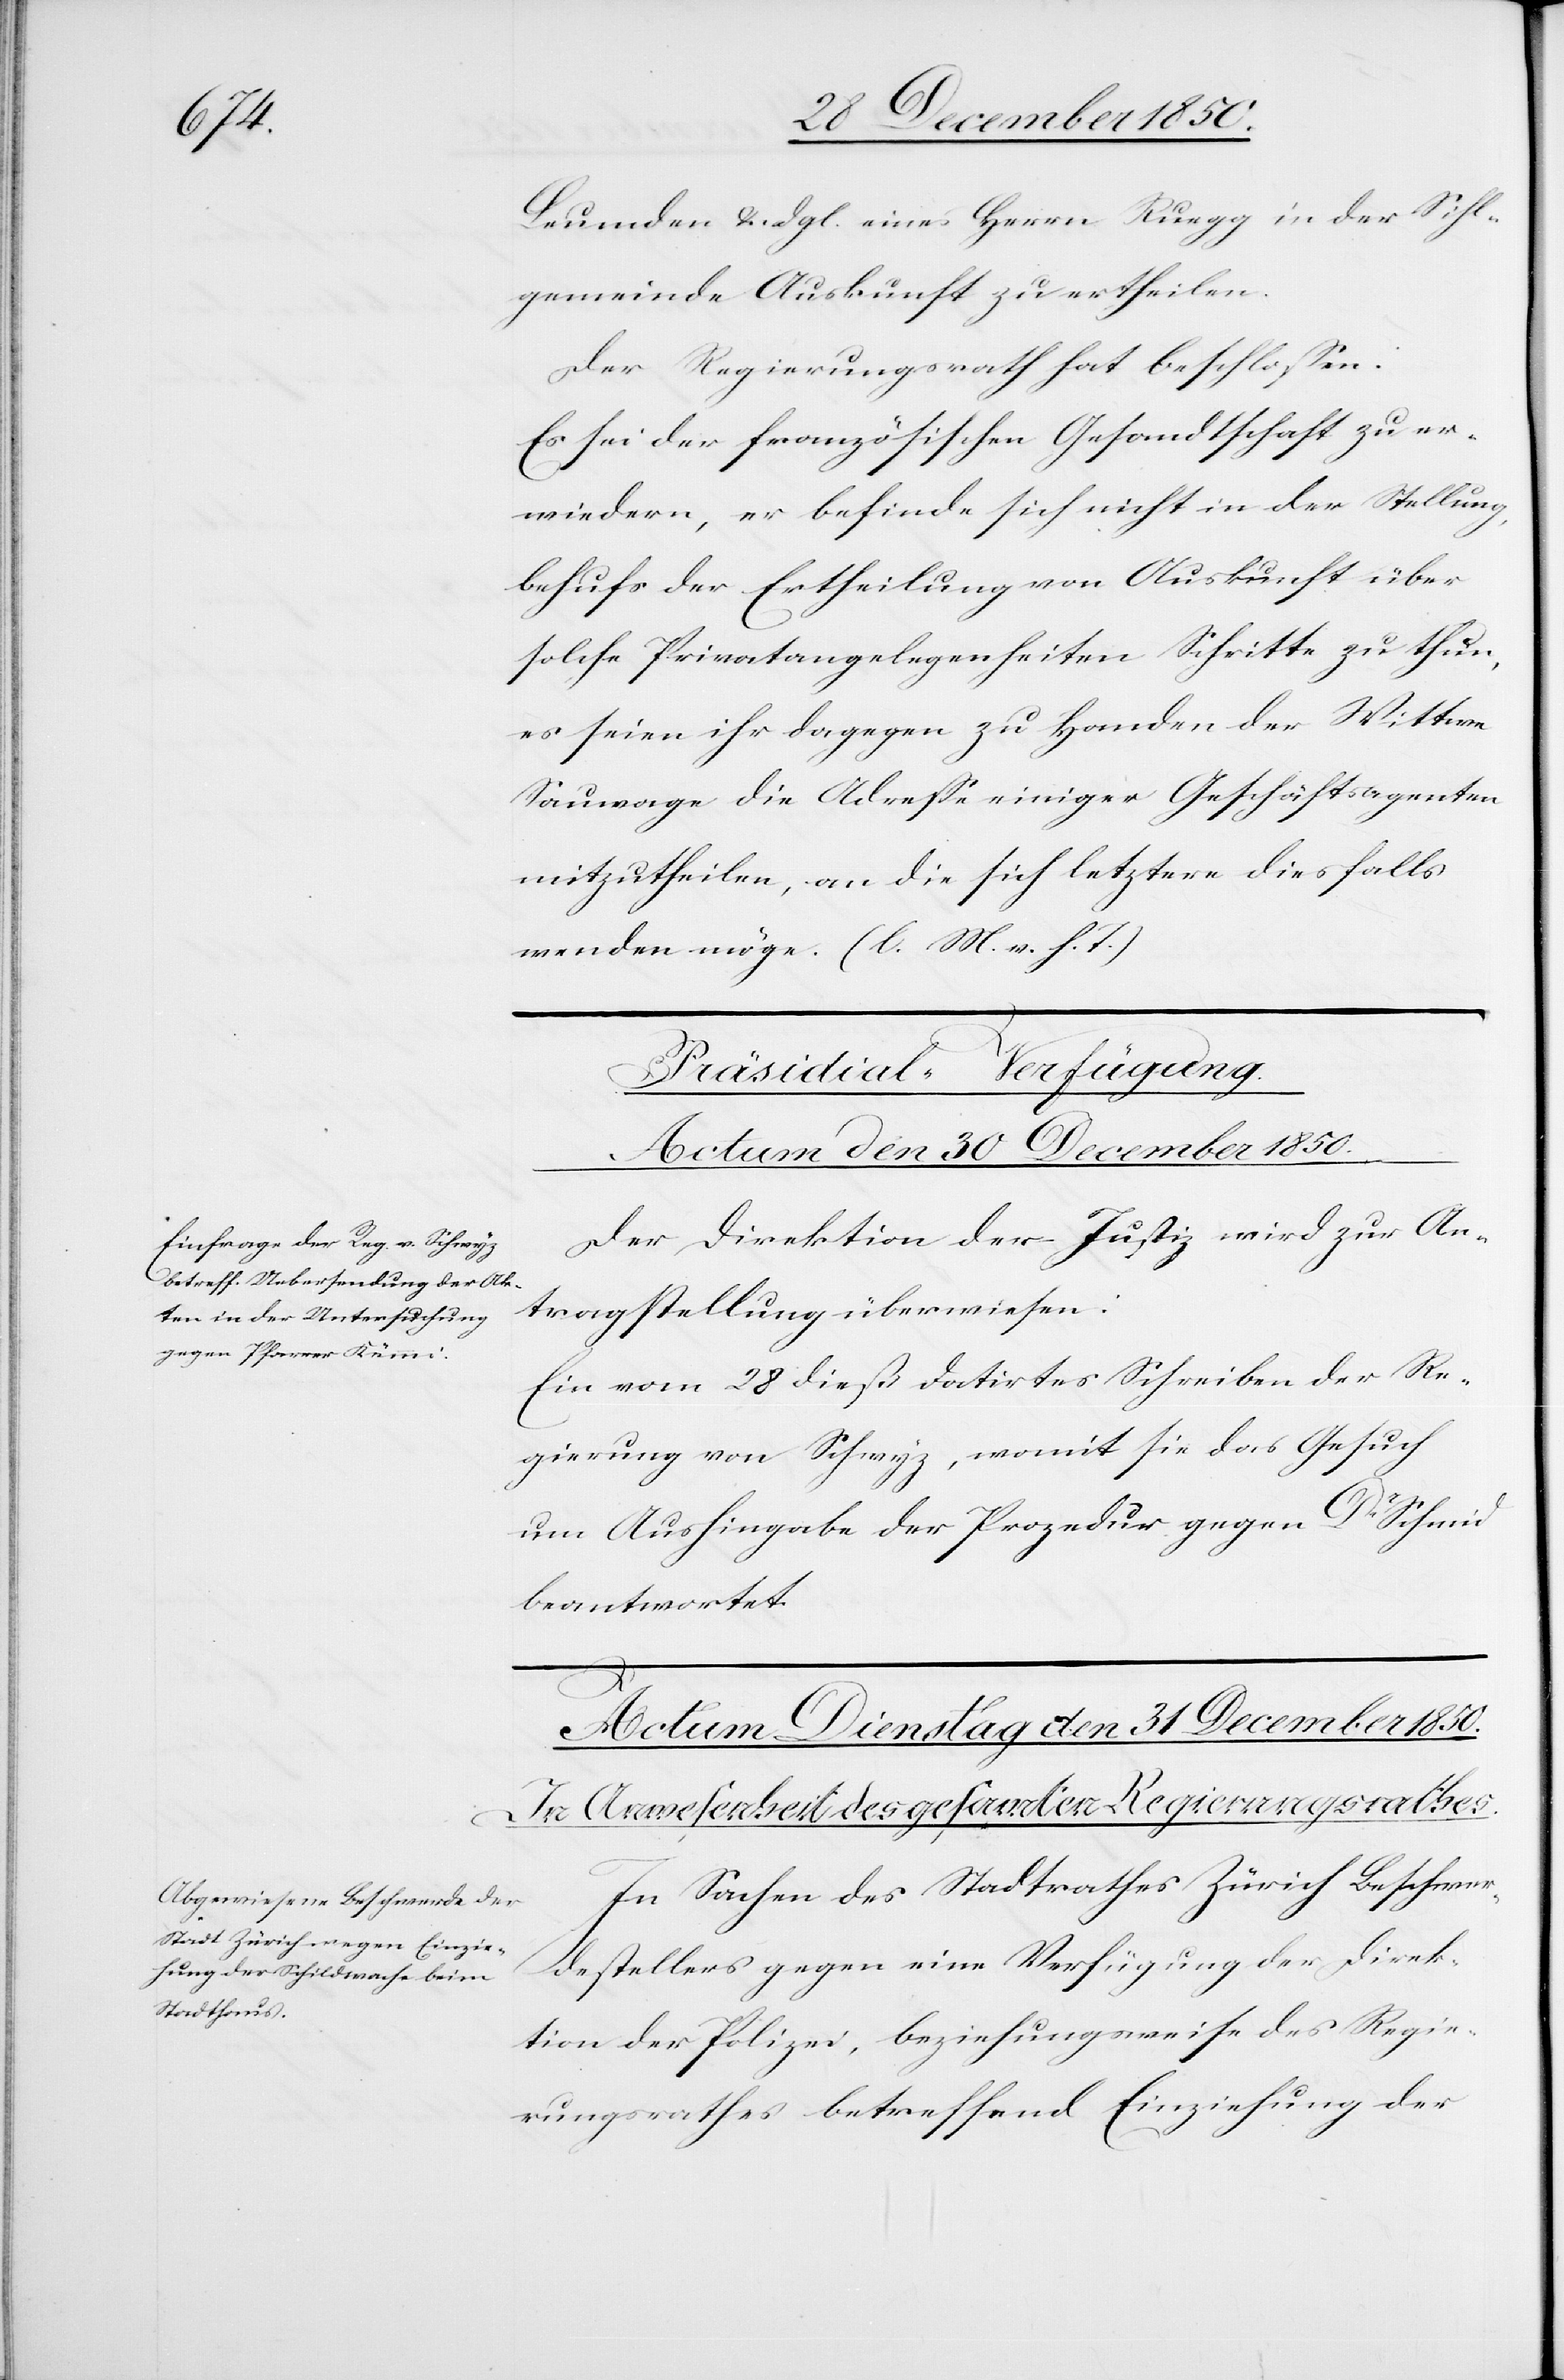
Leumden u. dgl. eines Herrn Ruegg in der Sihl¬
gemeinde Auskunft zu ertheilen.
Der Regierungsrath hat beschlossen:
Es sei der französischen Gesandtschaft zu er¬
wiedern, er befinde sich nicht in der Stellung,
behufs der Ertheilung von Auskunft über
solche Privatangelegenheiten Schritte zu thun,
es seien ihr dagegen zu Handen der Wittwe
Sauwage die Adresse einiger Geschäftsagenten
mitzutheilen, an die sich letztere diesfalls
wenden möge. (l. M. v. h. T.)
Präsidial-Verfügung.
Actum den 30 December 1850.
Der Direktion der Justiz wird zur An¬
tragstellung überwiesen:
Ein vom 28 dieß datirtes Schreiben der Re¬
gierung von Schwyz, womit sie das Gesuch
um Aushingabe der Prozedur gegen Dr Schmid
beantwortet.
In Sachen des Stadtrathes Zürich Beschwer¬
destellers gegen eine Verfügung der Direk¬
tion der Polizei, beziehungsweise des Regie¬
rungsrathes betreffend Einziehung der